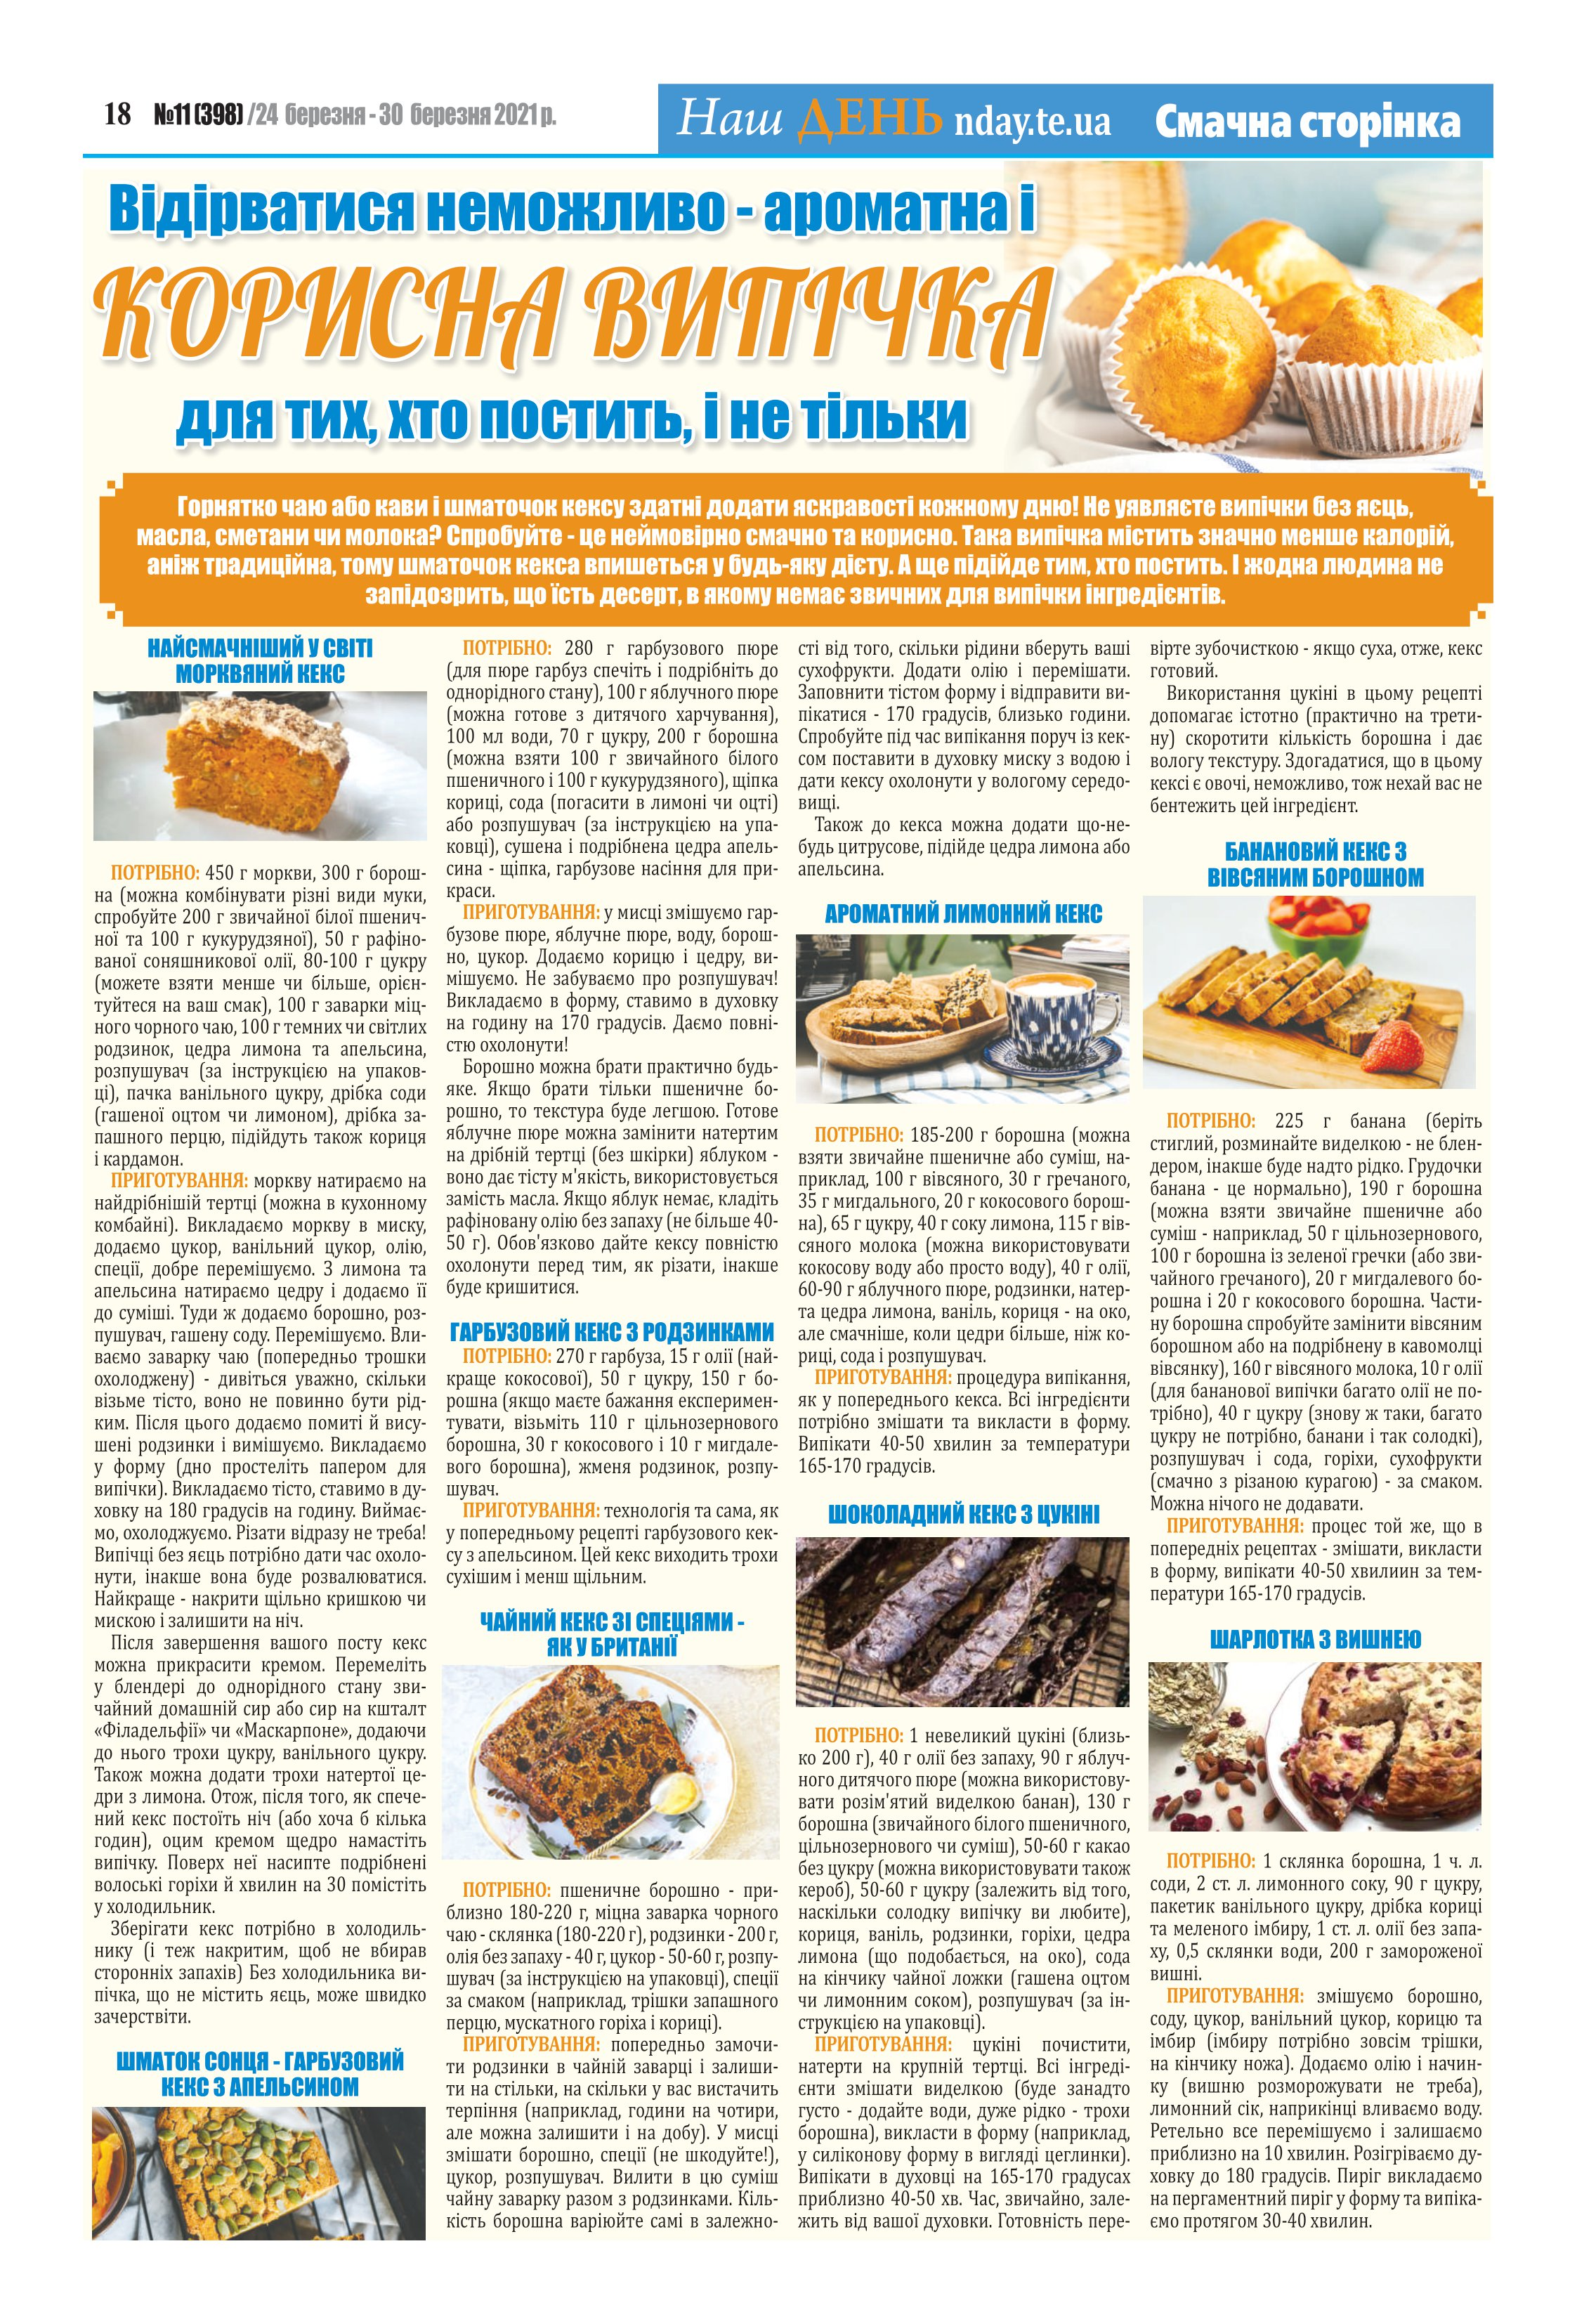
Language: uk